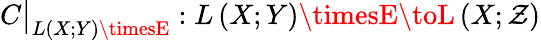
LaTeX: C{\big\vert}_{L\left(X;Y\right)\timesE}:L\left(X;Y\right)\timesE\toL\left(X;\mathcal{Z}\right)